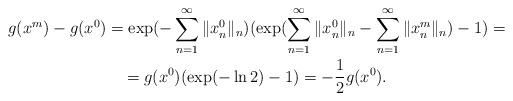
LaTeX: \begin{gather*} g(x^m)-g(x^0)=\exp(-\sum\limits_{n=1}^\infty\|x_n^0\|_n)(\exp(\sum\limits_{n=1}^\infty\|x_n^0\|_n-\sum\limits_{n=1}^\infty\|x_n^m\|_n)-1)=\\ =g(x^0)(\exp(-\ln 2)-1)=-\frac 12 g(x^0).\end{gather*}